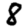
Digit: 8